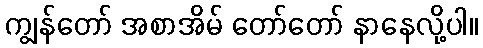
ကျွန်တော် အစာအိမ် တော်တော် နာနေလို့ပါ။